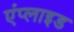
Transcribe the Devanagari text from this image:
एंप्‍लाइड